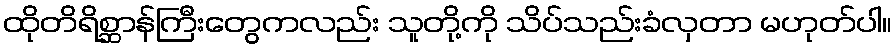
ထိုတိရိစ္ဆာန်ကြီးတွေကလည်း သူတို့ကို သိပ်သည်းခံလှတာ မဟုတ်ပါ။